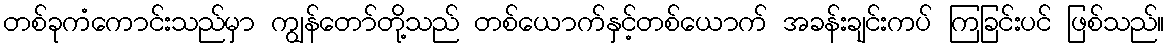
တစ်ခုကံကောင်းသည်မှာ ကျွန်တော်တို့သည် တစ်ယောက်နှင့်တစ်ယောက် အခန်းချင်းကပ် ကြခြင်းပင် ဖြစ်သည်။